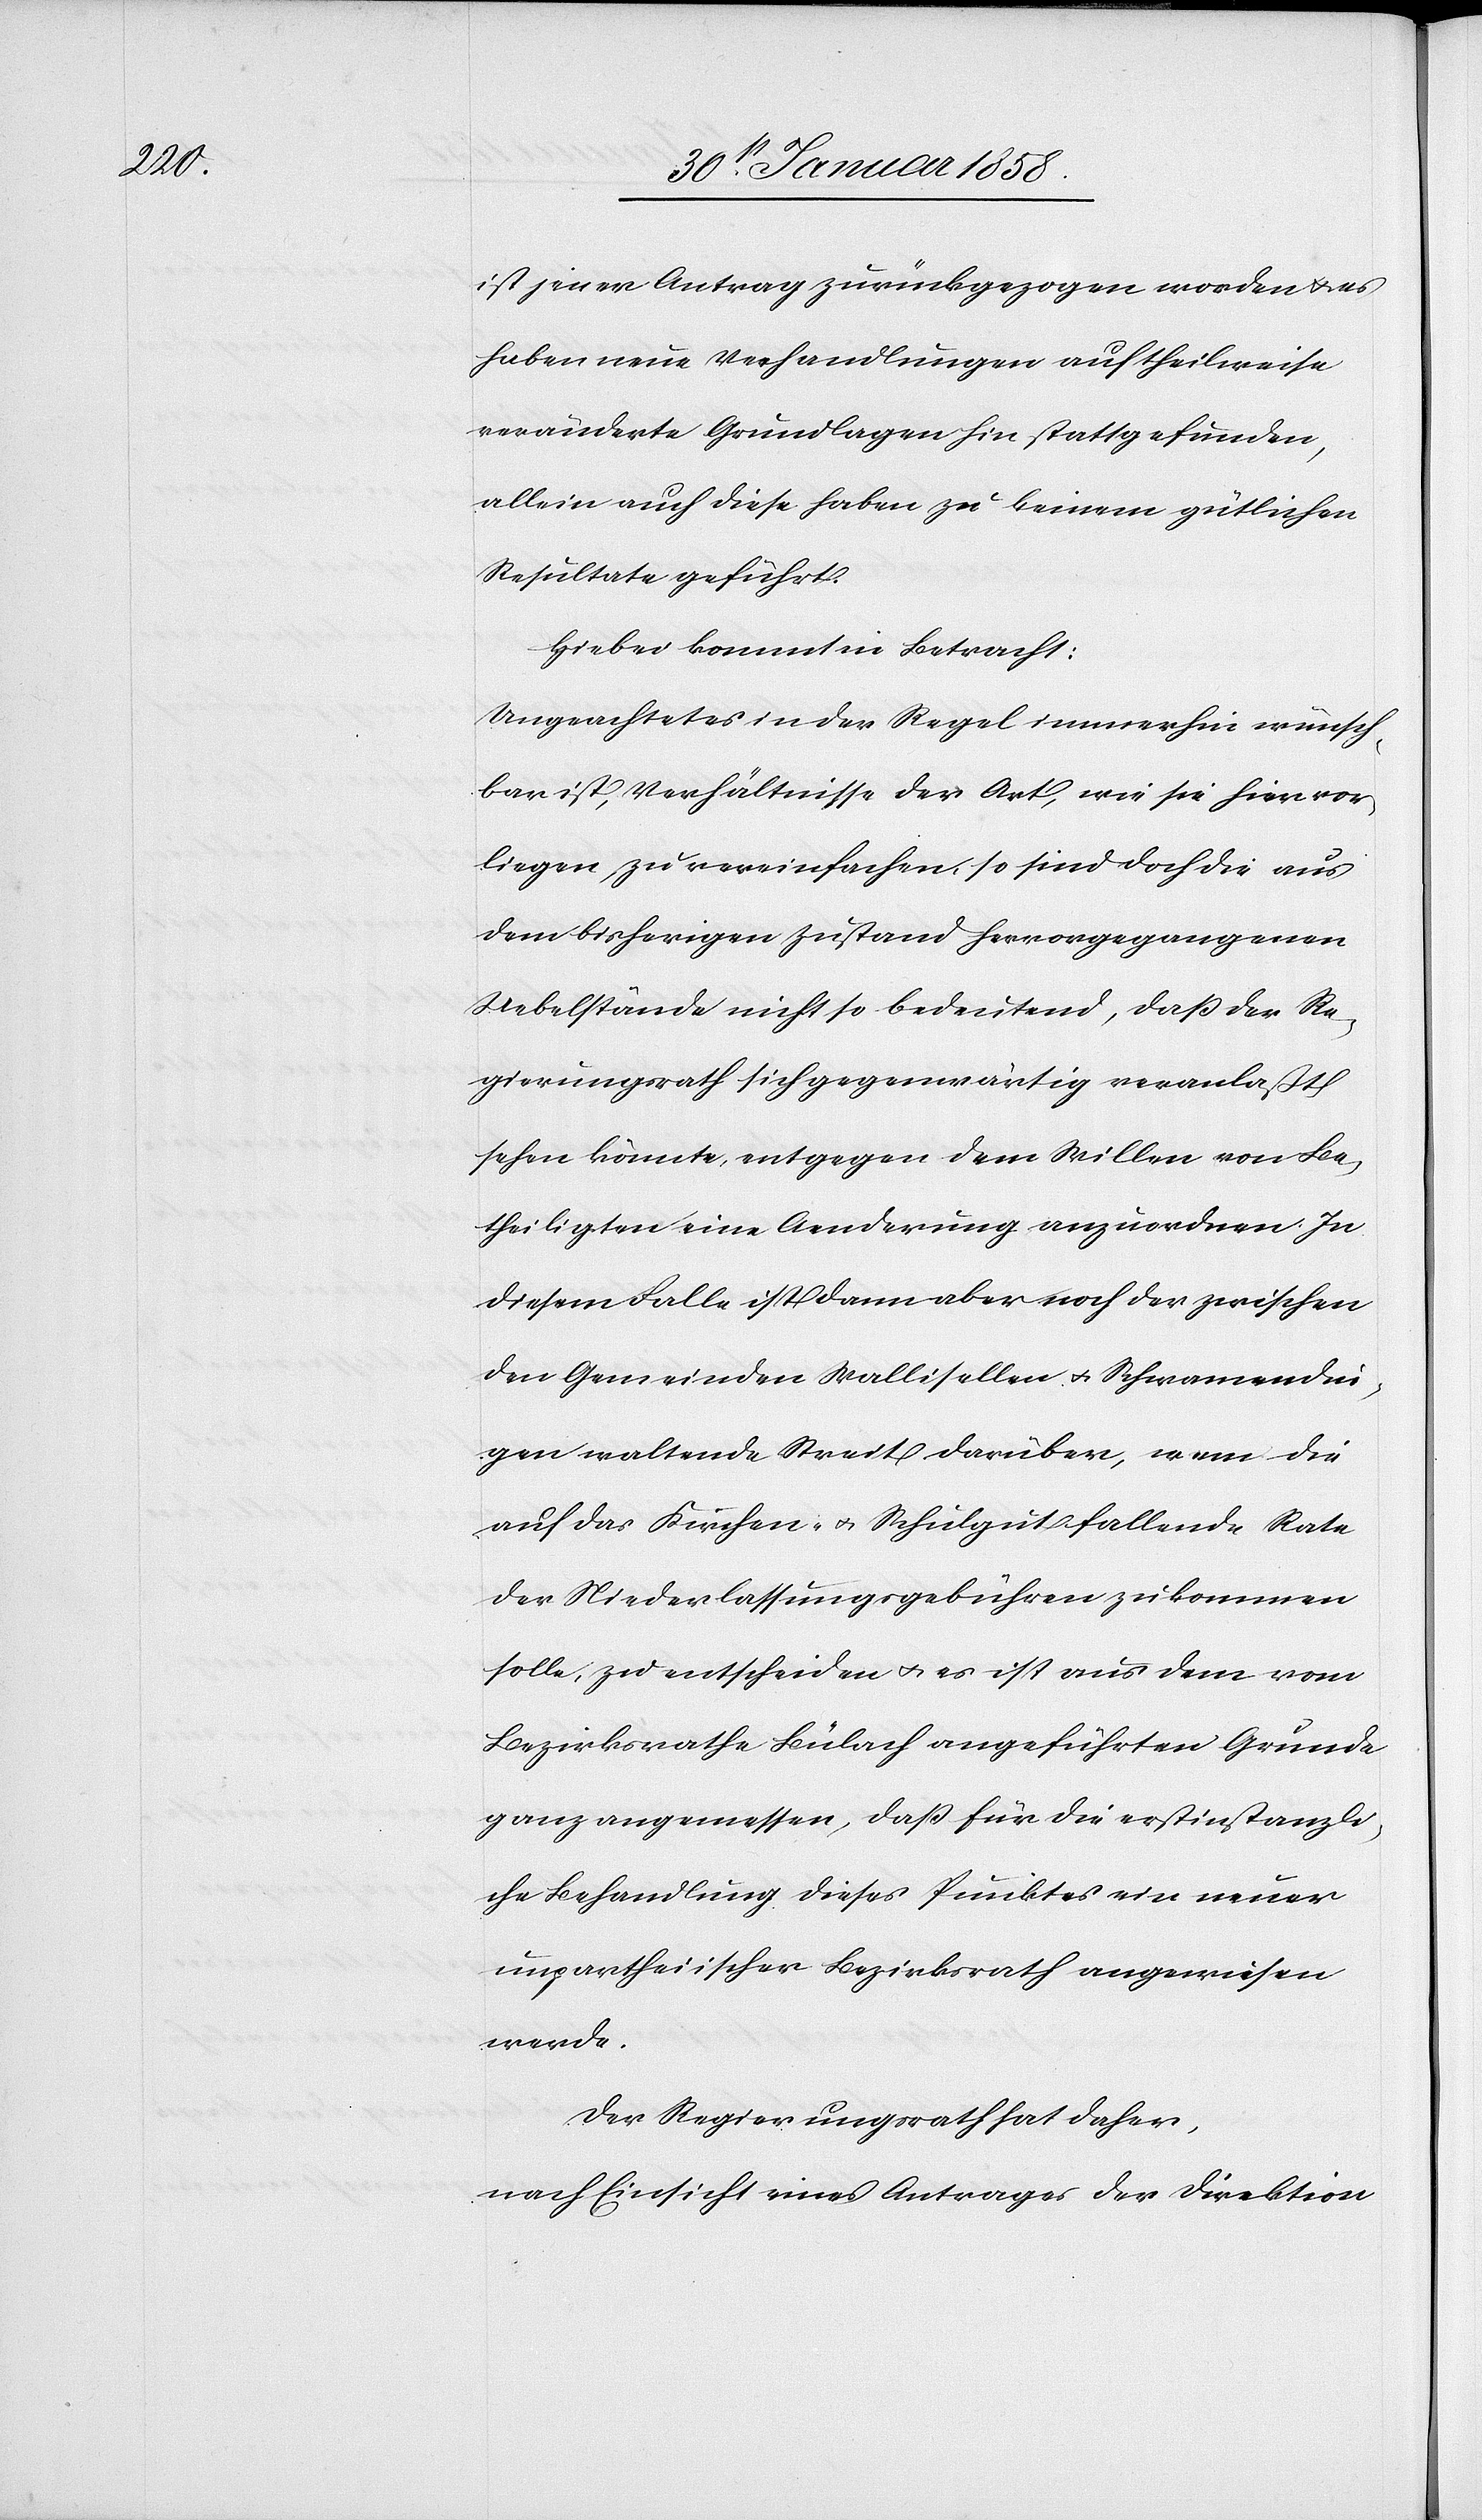
ist jener Antrag zurückgezogen worden u. es
haben neue Verhandlungen auf theilweise
veränderte Grundlagen hin stattgefunden,
allein auch diese haben zu keinem gütlichen
Resultate geführt.
Hiebei kommt in Betracht:
Ungeachtet es in der Regel immerhin erwünsch¬
bar ist, Verhältnisse der Art, wie sie hier vor¬
liegen zu vereinfachen, so sind doch die aus
dem bisherigen Zustand hervorgegangenen
Uebelstände nicht so bedeutend, daß der Re¬
gierungsrath sich gegenwärtig veranlaßt
sehen könnte, entgegen dem Willen von Be¬
theiligten eine Aenderung anzuordnen. In
diesem Falle ist dann aber noch der zwischen
den Gemeinden Wallisellen u. Schwamendin¬
gen waltende Streit darüber, wem die
auf das Kirchen- u. Schulgut fallende Rate
der Niederlassungsgebühren zukommen
solle, zu entscheiden u. es ist aus dem vom
Bezirke Bülach angeführten Grunde
ganz angemessen, daß für die erstinstanzli¬
che Behandlung dieses Punktes ein neuer
unpartheiischer Bezirksrath angewiesen
werde.
Der Regierungsrath hat daher,
nach Einsicht eines Antrages der Direktion